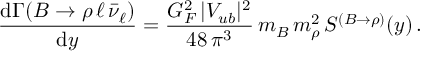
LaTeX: { \frac { \mathrm { d } \Gamma ( B \to \rho \, \ell \, \bar { \nu } _ { \ell } ) } { \mathrm { d } y } } = { \frac { G _ { F } ^ { 2 } \, | V _ { u b } | ^ { 2 } } { 4 8 \, \pi ^ { 3 } } } \, m _ { B } \, m _ { \rho } ^ { 2 } \, S ^ { ( B \to \rho ) } ( y ) \, .